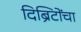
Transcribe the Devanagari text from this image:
दिब्रिटोंचा